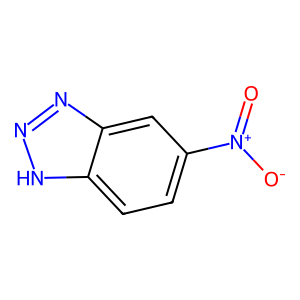
SMILES: O=[N+]([O-])c1ccc2[nH]nnc2c1
Inhibits HIV replication: No